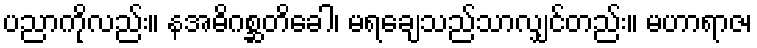
ပညာကိုလည်း။ နအဓိဂစ္ဆတိခေါ၊ မရချေသည်သာလျှင်တည်း။ မဟာရာဇ၊